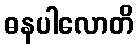
ဓနပါလောတိ